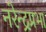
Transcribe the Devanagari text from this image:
नरेन्द्रप्रभा